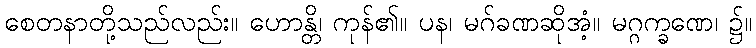
စေတနာတို့သည်လည်း။ ဟောန္တိ၊ ကုန်၏။ ပန၊ မဂ်ခဏဆိုအံ့။ မဂ္ဂက္ခဏေ၊ ၌။